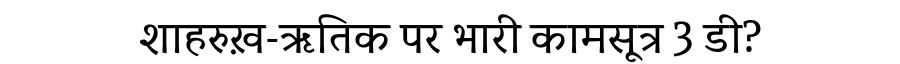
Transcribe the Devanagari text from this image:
शाहरुख़-ऋतिक पर भारी कामसूत्र 3 डी?